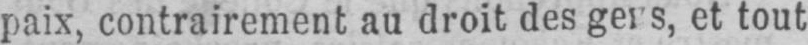
et tout